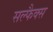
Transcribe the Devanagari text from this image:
सल्फैक्स